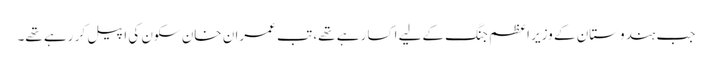
جب ہندوستان کے وزیر اعظم جنگ کےلیے اکسا رہے تھے، تب عمران خان سکون کی اپیل کر رہے تھے۔